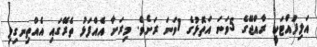
އަލިފުއްޓަކީ ރާއްޖޭގެ 5ވަނަ އަތޮޅުގެ 1ވަނަ ރަށެވެ. މިރަށާ އެއްފަޅު ތެރޭގައި އެއްތިނގިލި